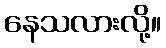
နေသလားလို့။